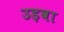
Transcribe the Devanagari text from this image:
उड़वा